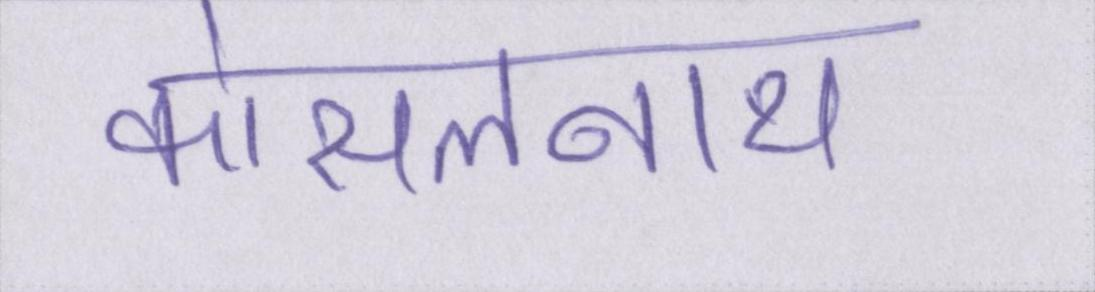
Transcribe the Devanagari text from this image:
कोसलनाथ